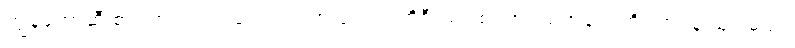
ကျွန်တော်ဆီ စာ လာသင်တဲ့ ကျောင်းသားတွေရဲ့ ကိုရီးယားစာ အရည်အချင်းကို တာဝန် ယူပါမယ်။